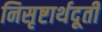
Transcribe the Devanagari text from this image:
निसृष्टार्थदूती